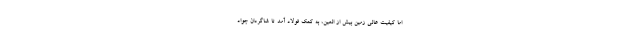
اما کیفیت عالی زمین بیش از العین، به کمک فولاد آمد تا شاگردان جواد